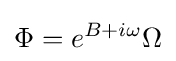
\Phi =e^{B+i\omega }\Omega